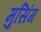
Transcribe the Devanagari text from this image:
मुसिंग